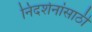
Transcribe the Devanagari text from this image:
निदर्शनांसाठी